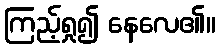
ကြည့်ရှု၍ နေလေ၏။